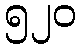
၅၂၀